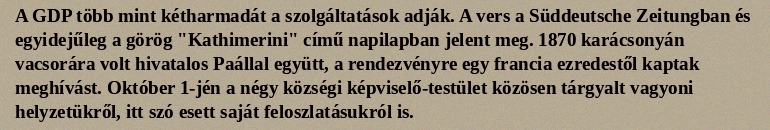
A GDP több mint kétharmadát a szolgáltatások adják. A vers a Süddeutsche Zeitungban és egyidejűleg a görög "Kathimerini" című napilapban jelent meg. 1870 karácsonyán vacsorára volt hivatalos Paállal együtt, a rendezvényre egy francia ezredestől kaptak meghívást. Október 1-jén a négy községi képviselő-testület közösen tárgyalt vagyoni helyzetükről, itt szó esett saját feloszlatásukról is.